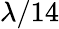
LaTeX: \lambda/14